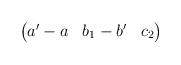
LaTeX: \begin{align*}\begin{pmatrix}a'-a & b_1-b' & c_2\end{pmatrix}\end{align*}